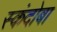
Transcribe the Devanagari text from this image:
स्कंदोबा